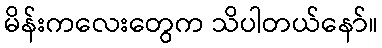
မိန်းကလေးတွေက သိပါတယ်နော်။